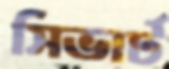
সিভার্ট